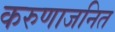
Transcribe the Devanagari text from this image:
करुणाजनित